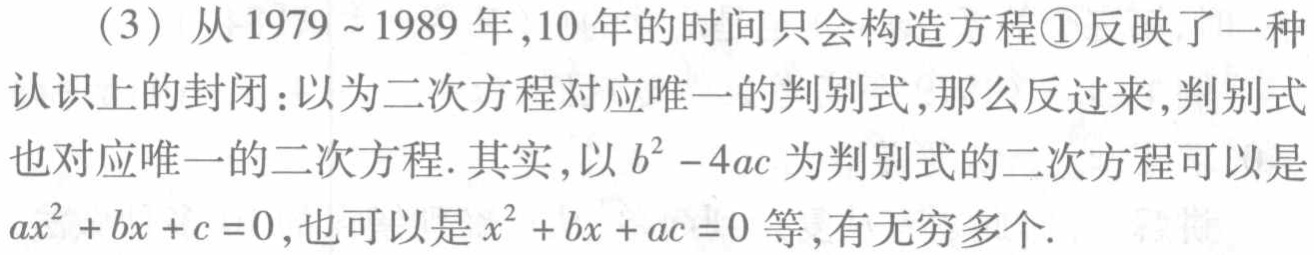
（3）从1979~1989年，10年的时间只会构造方程\textcircled{1}反映了一种

认识上的封闭：以为二次方程对应唯一的判别式，那么反过来，判别式

也对应唯一的二次方程. 其实，以\(b^{2}-4ac\)为判别式的二次方程可以是

\(ax^{2}+bx + c = 0\)，也可以是\(x^{2}+bx + ac = 0\)等，有无穷多个.